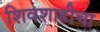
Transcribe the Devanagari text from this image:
शिवशाहीचा